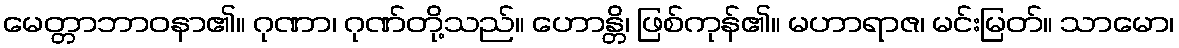
မေတ္တာဘာဝနာ၏။ ဂုဏာ၊ ဂုဏ်တို့သည်။ ဟောန္တိ၊ ဖြစ်ကုန်၏။ မဟာရာဇ၊ မင်းမြတ်။ သာမော၊